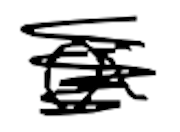
Text: a
Cross-out: scratch
Writing tool: digital_black